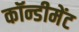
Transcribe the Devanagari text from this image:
कॉन्डीमेंट